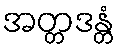
အတ္တဒန္တံ